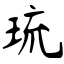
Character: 琉